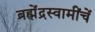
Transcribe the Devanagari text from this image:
ब्रह्मेंद्रस्वामींचें